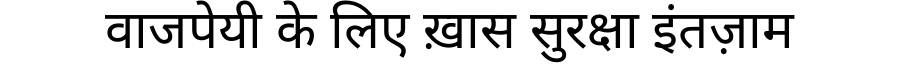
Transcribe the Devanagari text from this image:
वाजपेयी के लिए ख़ास सुरक्षा इंतज़ाम